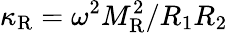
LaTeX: \kappa_{\mathrm{R}}=\omega^{2}M_{\mathrm{R}}^{2}/R_{1}R_{2}